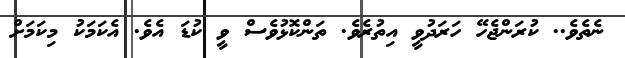
ނެތެވެ.. ކުރަންޖެހޭ ހަރަދުވީ އިތުރެވެ. ތަންކޮޅުވެސް ވީ ކުޑަ އެވެ. އެކަމަކު މިކަމަށް